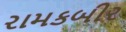
રામકબીર